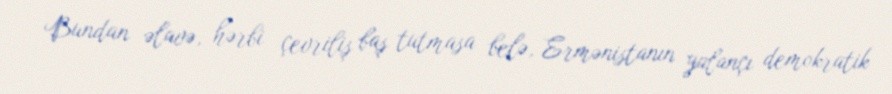
Bundan əlavə, hərbi çevriliş baş tutmasa belə, Ermənistanın yalançı demokratik